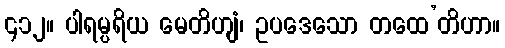
၄၁၂။ ပါရမ္ပရိယ မေတိဟျံ၊ ဥပဒေသော တထေ’တိဟာ။